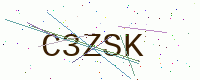
Text: C3ZSK